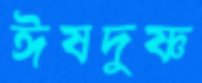
ঈষদুষ্ণ